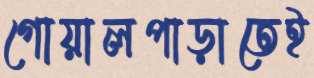
গোয়ালপাড়াতেই